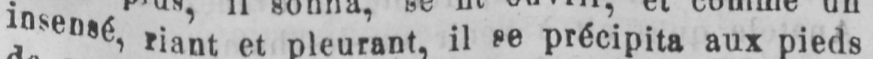
insensé, riant et pleurant, il se précipita aux pieds